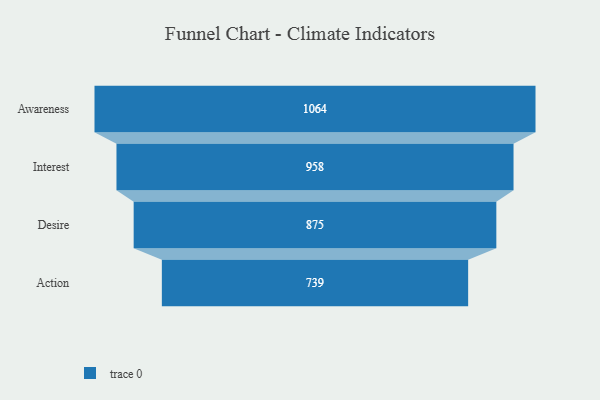
{"axis": {"x": "Stage", "y": "Value"}, "legend": [""], "data": [{"x": "Awareness", "y": 1064.0, "type": ""}, {"x": "Interest", "y": 958.0, "type": ""}, {"x": "Desire", "y": 875.0, "type": ""}, {"x": "Action", "y": 739.0, "type": ""}]}